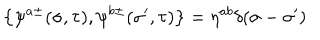
\left\{ \psi ^ { a \pm } ( \sigma , \tau ) , \psi ^ { b \pm } ( { \sigma } ^ { \prime } , \tau ) \right\} = \eta ^ { a b } \delta ( \sigma - { \sigma } ^ { \prime } )